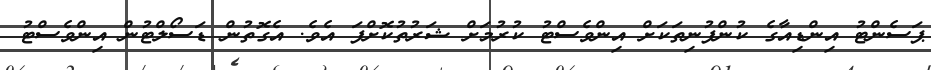
ޕަސެންޓު އިންޑިއާގެ ކުންފުނިތަކަށް އިންވެސްޓު ކުރުމަށް ޝަރުތުކޮށްފަ އެވެ. އެގޮތުން ޑަސޯލްޓުން އިންވެސްޓު